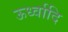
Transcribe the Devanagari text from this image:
ऊर्ध्वादि